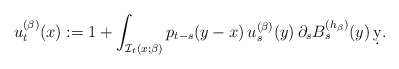
\begin{align*}u_t^{(\beta)}(x):=1+\int_{\mathcal{I}_t(x;\beta)} p_{t-s}(y-x)\, u_s^{(\beta)}(y)\, \partial_s B^{(h_\beta)}_s(y)\,\d y.\end{align*}